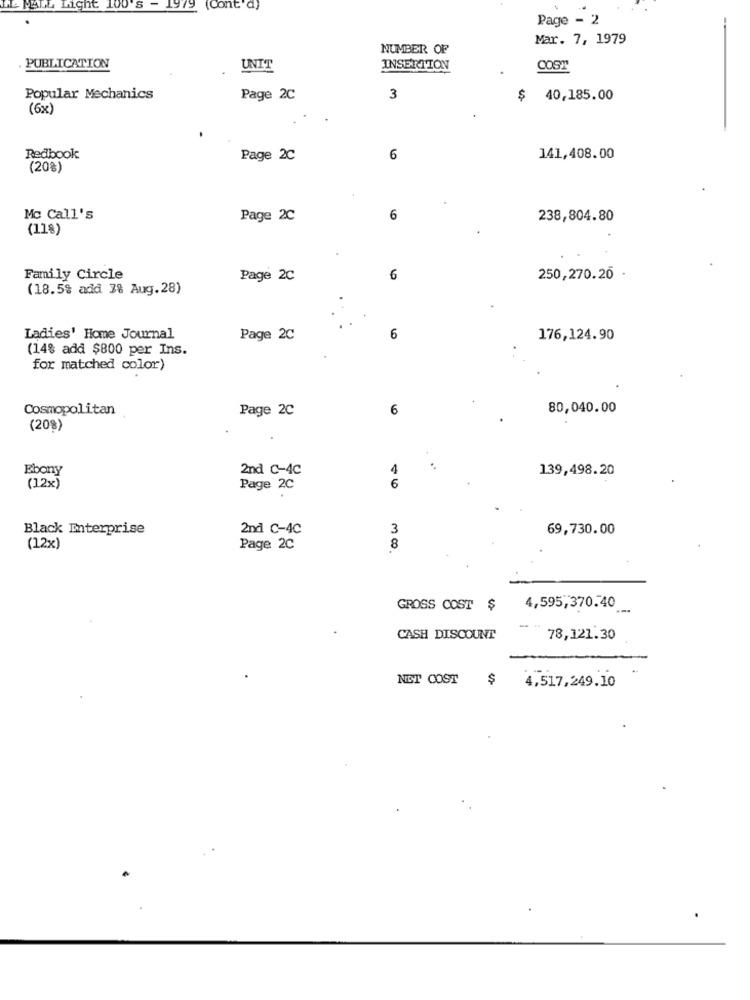
-MALL Ligne 100's - 1979 (Cont'd)
Page - 2
Mar. 7, 1979
NUMBER OF
. PUBLICATION
UNIT
INSERTION
COST
Popular Mechanics
Page 2C
3
$ 40,185.00
(6x)
Redbook
Page 2C
6
141,408.00
(20%)
Mc Call's
Page 2C
6
238,804.80
(118)
Family Circle
Page 2C
6
250,270.20
(18.5% add 3% Aug. 28)
Ladies' Home Journal
Page 2C
6
176,124.90
(14% add $800 per Ins.
for matched color)
Cosmopolitan
Page 2C
6
80,040.00
(20%)
Ebony
2nd C-4C
139,498.20
(12x)
Page 2C
6
Black Enterprise
2nd C-4C
3
69,730.00
(12x)
Page 2C
8
GROSS COST $
4,595,370.40
CASH DISCOUNT
78,121.30
$
NO COST
4,517,249.10